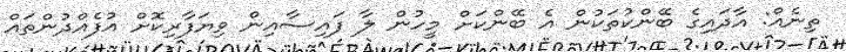
ތިނެއް: އާދައިގެ ބޭންކުތަކުން އެ ބޭންކަށް މީހުން ލާ ފައިސާއިން ވިޔަފާރިކޮށް އުފެއްދުންތައް